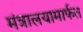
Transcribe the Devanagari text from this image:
मंत्रालयामार्फत